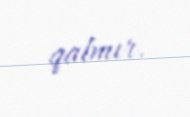
qalmır.